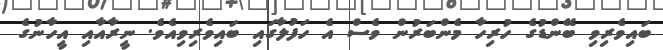
ބައިވެރިވި ބޭންޑުގެ ހުރިހާ މެންބަރުން ވެސް އެ ހަފުލާގައި ބައިވެރިވިއެވެ. ނީރާއާއި އީހާނުގެ